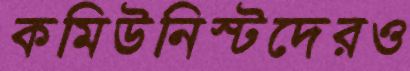
কমিউনিস্টদেরও